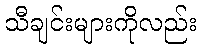
သီချင်းများကိုလည်း